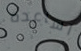
اساعده